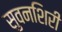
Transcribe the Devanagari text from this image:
सुवनशिरी